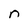
Character: n